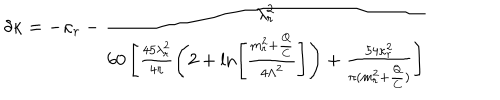
\delta \kappa = - \kappa _ { r } - \frac { \lambda _ { r } ^ { 2 } } { 6 0 \left[ \frac { 4 5 \lambda _ { r } ^ { 2 } } { 4 \pi } \left( 2 + \ln \left[ \frac { m _ { r } ^ { 2 } + \frac Q C } { 4 \Lambda ^ { 2 } } \right] \right) + \frac { 5 4 \kappa _ { r } ^ { 2 } } { \pi ( m _ { r } ^ { 2 } + \frac Q C ) } \right] }